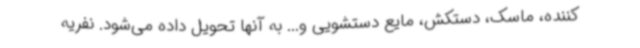
کننده، ماسک، دستکش، مایع دستشویی و... به آنها تحویل داده می‌شود. نفریه